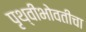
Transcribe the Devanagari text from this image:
पृथ्वीभोवतीचा